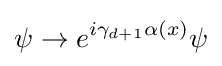
\psi \to e^{i\gamma _{d+1}\alpha (x)}\psi